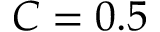
C = 0 . 5